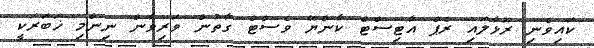
ކައިވެނި ރޫޅާލައި ރެޕް އާޓިސްޓް ކާންޔޭ ވެސްޓް ގާތުން ވަރިވާން ނިންމި ޚަބަރަކީ